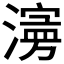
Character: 𱨾